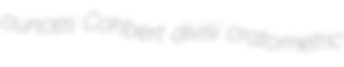
ounces Cohbert divisi cratometric